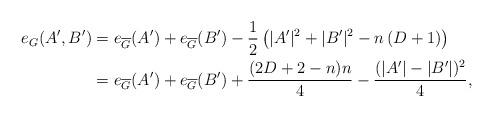
LaTeX: \begin{align*}e_G(A',B') & = e_{\overline{G}}(A') + e_{\overline{G}}(B') - \frac12 \left( |A'|^2 +|B'|^2 -n \left( D + 1\right) \right)\\& = e_{\overline{G}}(A') + e_{\overline{G}}(B') + \frac{(2D +2 - n )n}{4} - \frac{(|A'|-|B'|)^2}{4},\end{align*}